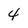
Character: 4